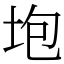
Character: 垉